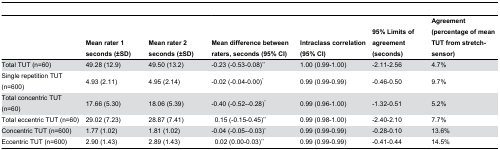
<table><thead><tr><td></td><td><b>Mean rater 1 seconds (±SD)</b></td><td><b>Mean rater 2 seconds (±SD)</b></td><td><b>Mean difference between raters, seconds (95% CI)</b></td><td><b>Intraclass correlation (95% CI)</b></td><td><b>95% Limits of agreement (seconds)</b></td><td><b>Agreement (percentage of mean TUT from stretch-sensor)</b></td></tr></thead><tbody><tr><td>Total TUT (n=60)</td><td>49.28 (12.9)</td><td>49.50 (13.2)</td><td>-0.23 (-0.53-0.08)**</td><td>1.00 (0.99-1.00)</td><td>-2.11-2.56</td><td>4.7%</td></tr><tr><td>Single repetition TUT (n=600)</td><td>4.93 (2.11)</td><td>4.95 (2.14)</td><td>-0.02 (-0.04-0.00)*</td><td>0.99 (0.99-0.99)</td><td>-0.46-0.50</td><td>9.7%</td></tr><tr><td>Total concentric TUT (n=60)</td><td>17.66 (5.30)</td><td>18.06 (5.39)</td><td>-0.40 (-0.52--0.28)*</td><td>0.99 (0.96-1.00)</td><td>-1.32-0.51</td><td>5.2%</td></tr><tr><td>Total eccentric TUT (n=60)</td><td>29.02 (7.23)</td><td>28.87 (7.41)</td><td> 0.15 (-0.15-0.45)**</td><td>0.99 (0.98-1.00)</td><td>-2.40-2.10</td><td>7.7%</td></tr><tr><td>Concentric TUT (n=600)</td><td>1.77 (1.02)</td><td>1.81 (1.02)</td><td>-0.04 (-0.05--0.03)*</td><td>0.99 (0.99-0.99)</td><td>-0.28-0.10</td><td>13.6%</td></tr><tr><td>Eccentric TUT (n=600)</td><td>2.90 (1.43)</td><td>2.89 (1.43)</td><td> 0.02 (0.00-0.03)**</td><td>0.99 (0.99-0.99)</td><td>-0.41-0.44</td><td>14.5%</td></tr></tbody></table>